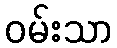
ဝမ်းသာ